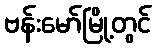
ဗန်းမော်မြို့တွင်